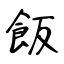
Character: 飯